38_143685_box7_Incident_Summaries_1-100
Agency: Department of War
Page 109
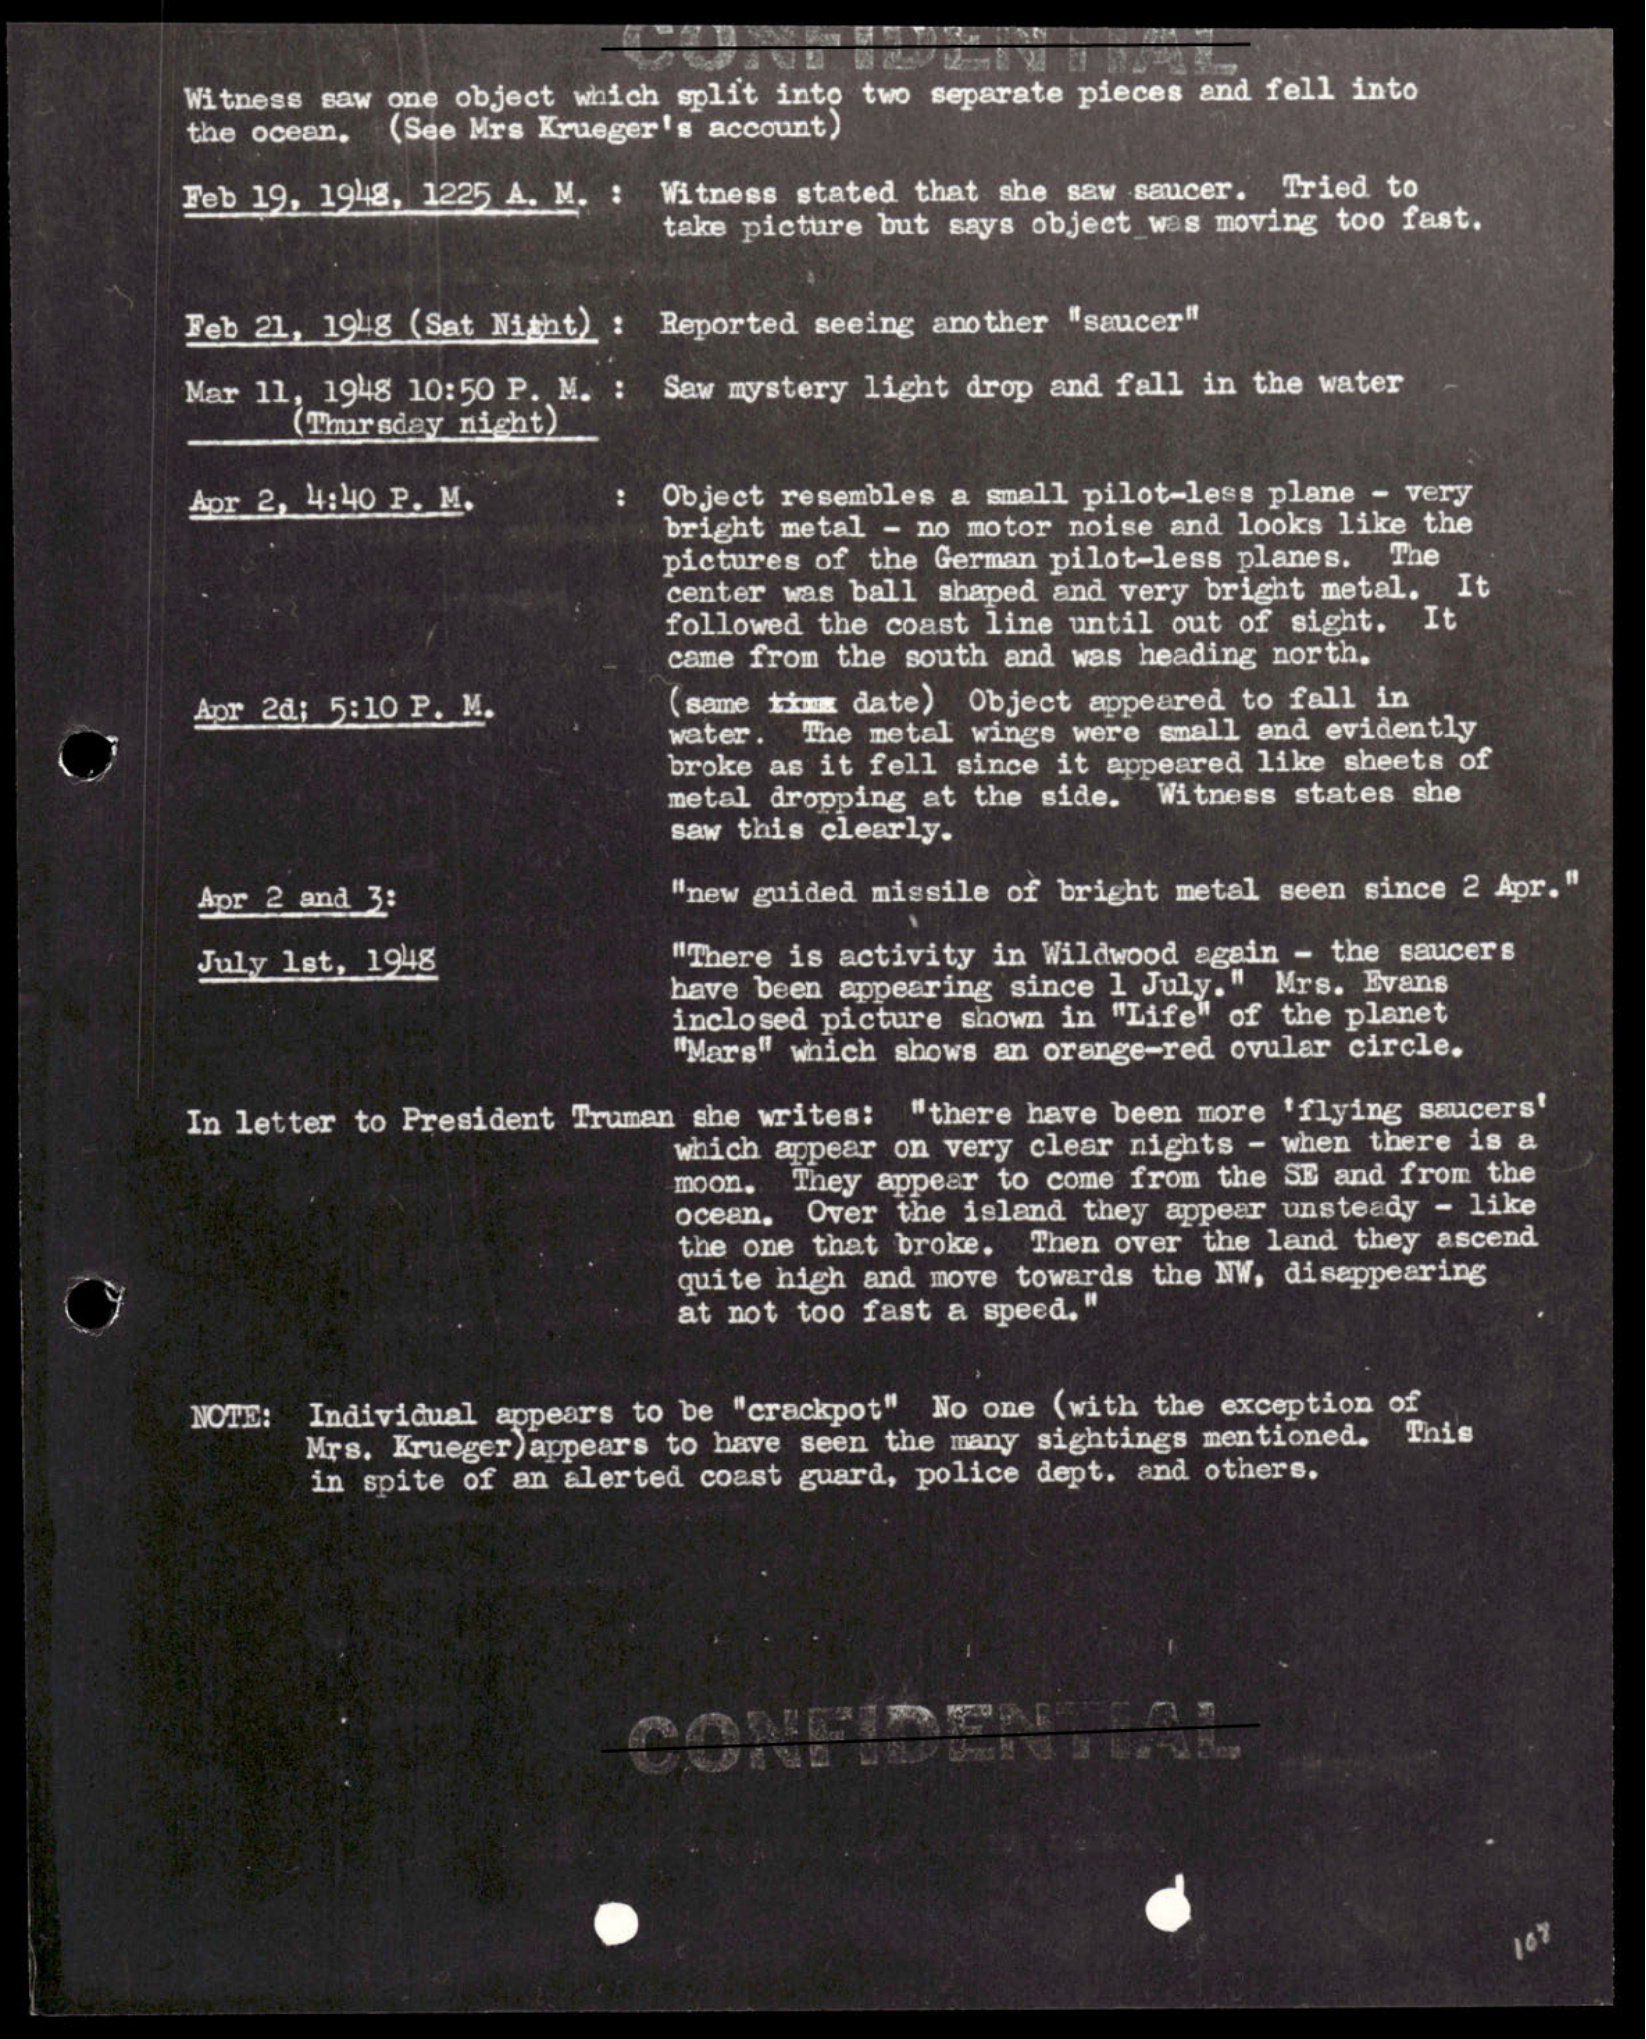